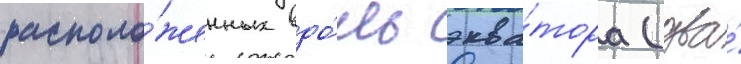
располо́женных вдо́ль эква́тора (два́